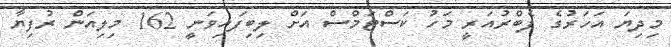
މިދިޔަ އަހަރުގެ ފެބްރުއަރީ މަހު ކަސްޓަމްސް އަށް ލިބިފައިވަނީ 162 މިލިއަން ރުފިޔާ